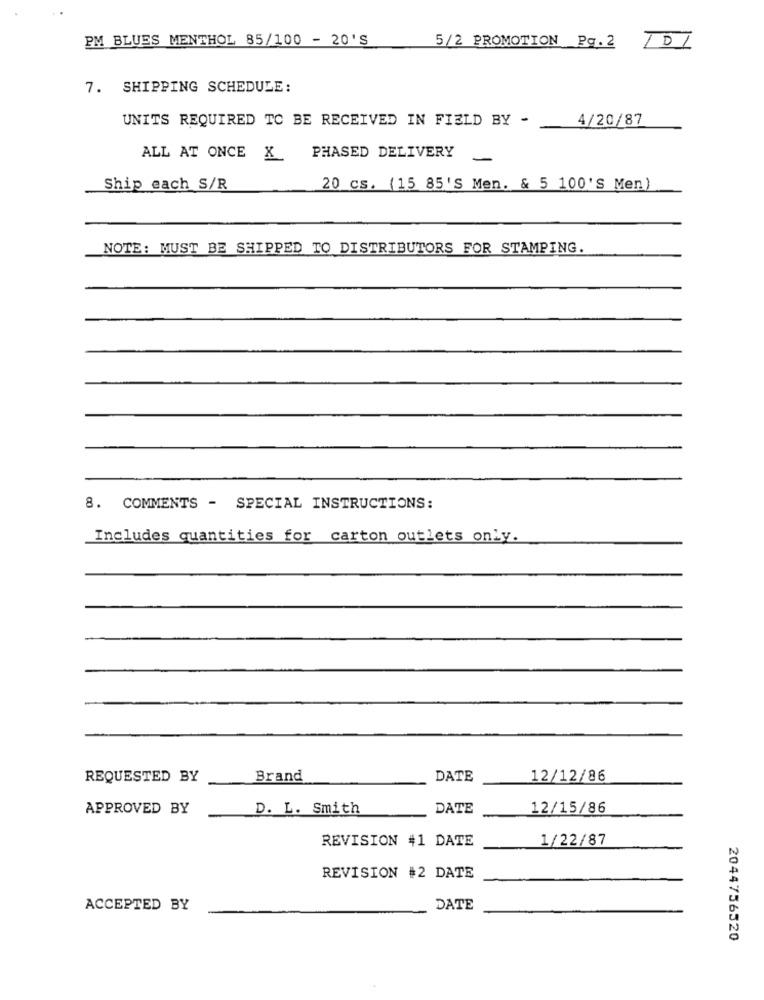
PM BLUES MENTHOL 85/100 - 20 'S
5/2 PROMOTION Pg.2
101
7. SHIPPING SCHEDULE:
UNITS REQUIRED TO BE RECEIVED IN FIELD BY -
4/20/87
ALL AT ONCE X PHASED DELIVERY
Ship each S/R
20 cs. (15 85'S Men. & 5 100'S Men)
NOTE: MUST BE SHIPPED TO DISTRIBUTORS FOR STAMPING.
8. COMMENTS - SPECIAL INSTRUCTIONS:
Includes quantities for carton outlets only.
REQUESTED BY
Brand
DATE
12/12/86
APPROVED BY
D. L. Smith
DATE
12/15/86
REVISION #1 DATE
1/22/87
REVISION #2 DATE
ACCEPTED BY
DATE
2044756520